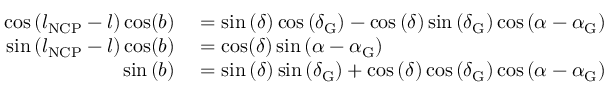
\begin{array} { r l } { \cos \left( l _ { \mathrm { N C P } } - l \right) \cos ( b ) } & { { } = \sin \left( \delta \right) \cos \left( \delta _ { \mathrm { G } } \right) - \cos \left( \delta \right) \sin \left( \delta _ { \mathrm { G } } \right) \cos \left( \alpha - \alpha _ { \mathrm { G } } \right) } \\ { \sin \left( l _ { \mathrm { N C P } } - l \right) \cos ( b ) } & { { } = \cos ( \delta ) \sin \left( \alpha - \alpha _ { \mathrm { G } } \right) } \\ { \sin \left( b \right) } & { { } = \sin \left( \delta \right) \sin \left( \delta _ { \mathrm { G } } \right) + \cos \left( \delta \right) \cos \left( \delta _ { \mathrm { G } } \right) \cos \left( \alpha - \alpha _ { \mathrm { G } } \right) } \end{array}